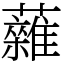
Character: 䕹